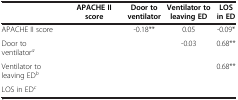
<table><thead><tr><td></td><td><b>APACHE II score</b></td><td><b>Door to ventilator</b></td><td><b>Ventilator to leaving ED</b></td><td><b>LOS in ED</b></td></tr></thead><tbody><tr><td>APACHE II score</td><td></td><td>-0.18**</td><td>0.05</td><td>-0.09*</td></tr><tr><td>Door to ventilator<sup><i>a</i></sup></td><td></td><td></td><td>-0.03</td><td>0.68**</td></tr><tr><td>Ventilator to leaving ED<sup><i>b</i></sup></td><td></td><td></td><td></td><td>0.68**</td></tr><tr><td>LOS in ED<sup><i>c</i></sup></td><td></td><td></td><td></td><td></td></tr></tbody></table>